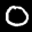
Label: 0